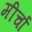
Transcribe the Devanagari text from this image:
मीर्चा